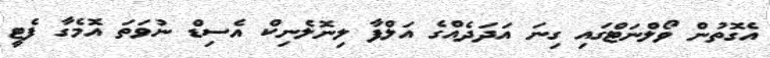
އެގޮތުން ވޯލްނަޓްގައި ގިނަ އަދަދެއްގެ އަލްފާ ލިނޮލެނިކް އެސިޑް ނުވަތަ އޮމެގާ ފެޓީ